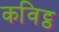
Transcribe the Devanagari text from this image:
कविट्ठ